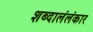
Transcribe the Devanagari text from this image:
शब्दालंलंकार